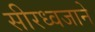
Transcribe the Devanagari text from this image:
सीरध्वजाने